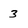
Character: 3